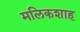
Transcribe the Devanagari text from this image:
मलिकशाह